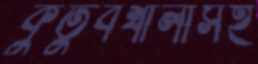
কুতুবখালীসহ